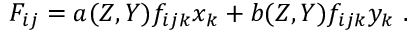
F _ { i j } = a ( Z , Y ) f _ { i j k } x _ { k } + b ( Z , Y ) f _ { i j k } y _ { k } \ .